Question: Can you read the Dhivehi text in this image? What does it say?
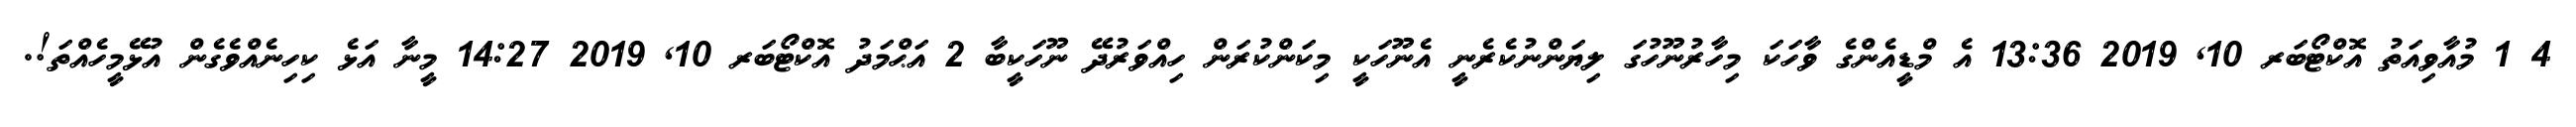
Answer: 4 1 މުއާވިއަތު އޮކްޓޯބަރ 10, 2019 13:36 އެ މްޑީއެންގެ ވާހަކަ މިހާރުނޫހުގަ ލިޔަންނުކެރެނީ އެނޫހަކީ މިކަންކުރަން ހިއްވަރުދޭ ނޫހަކީބާ 2 އަޙްމަދު އޮކްޓޯބަރ 10, 2019 14:27 މީނާ އަޅެ ކިހިނެއްވެގެން އުޅޭމީހެއްތަ!.